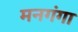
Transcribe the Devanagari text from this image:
मनगंगा